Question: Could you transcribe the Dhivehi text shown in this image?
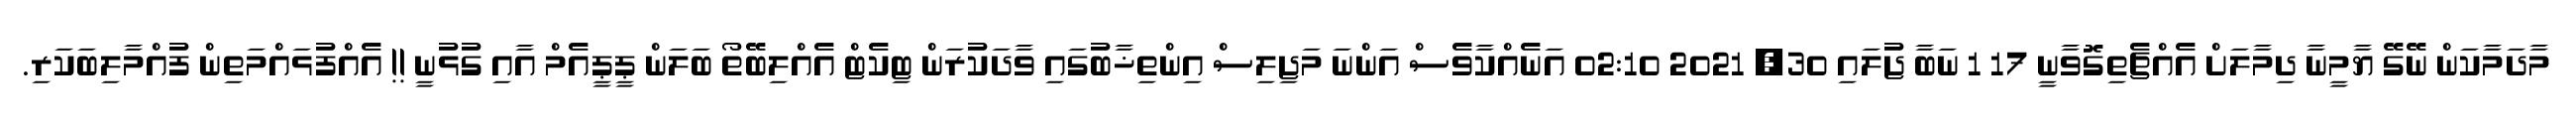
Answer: މާދަމާކަން ނޭގޭ ޔާމީނާ ދިމާލަށް އެއްޗެތިގޮވާނީ 17 1 ނަބާ ޖުލައި 30, 2021 02:10 އަނެއްކާވެސް އަންނަ މަޖިލިސް އިންތިޚާބުގައި ވާދަކުރަން ޓިކެޓް އެއްލިބޭތޯ ބަލަން ޕީޕީއެމް އާއި ގުޅުނީ !! އެއްފުޅައްމަތިން ފުއްމާލިބަކަރި.